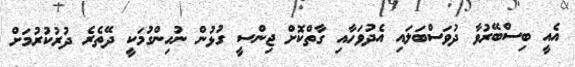
އެއީ ބިސްބޭރުވާ ދުވަސްބަލައި އެދުވަހާއި ގާތްކޮށް ޖިންސީ ގުޅުން ނުހިންގުމަކީ ދޭތެރެ ދުރުކުރުމަށް